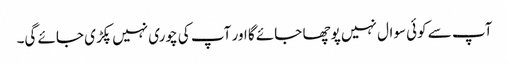
آپ سے کوئی سوال نہیں پوچھا جائے گا اور آپ کی چوری نہیں پکڑی جائے گی۔